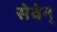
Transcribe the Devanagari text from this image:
सेवेन्